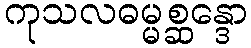
ကုသလဓမ္မစ္ဆန္ဒော